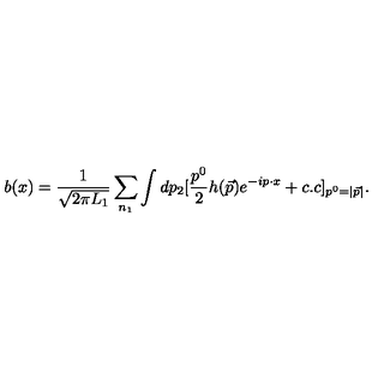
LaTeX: b ( x ) = { \frac { 1 } { \sqrt { 2 \pi L _ { 1 } } } } \sum _ { n _ { 1 } } \int d p _ { 2 } [ { \frac { p ^ { 0 } } { 2 } } h ( \vec { p } ) e ^ { - i p \cdot x } + c . c ] _ { p ^ { 0 } = | \vec { p } | } .